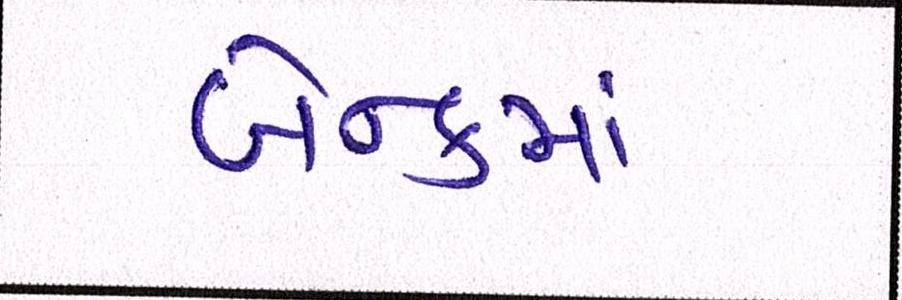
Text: બેન્કમાં